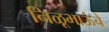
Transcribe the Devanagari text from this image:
निळूभाऊंचे